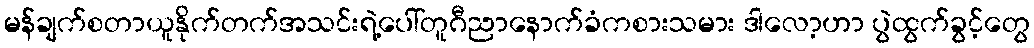
မန်ချက်စတာယူနိုက်တက်အသင်းရဲ့ပေါ်တူဂီညာနောက်ခံကစားသမား ဒါလော့ဟာ ပွဲထွက်ခွင့်တွေ